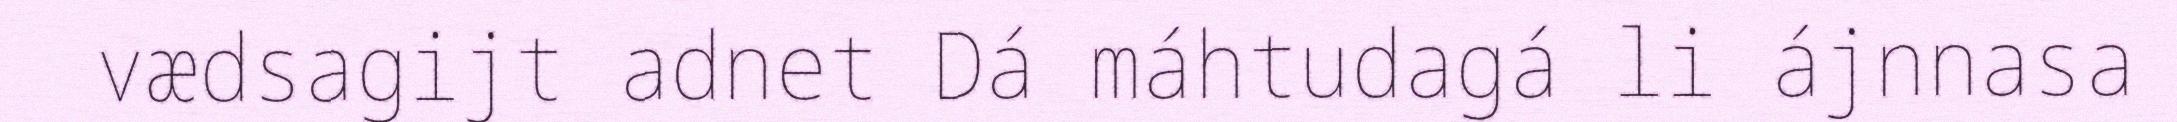
vædsagijt adnet Dá máhtudagá li ájnnasa